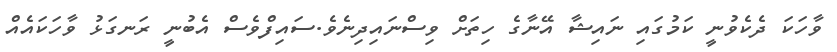
ވާހަކަ ދެކެވުނީ ކަމުގައި ނައިޝާ އޭނާގެ ހިތަށް ވިސްނައިދިނެވެ.ސައިފްވެސް އެބުނީ ރަނގަޅު ވާހަކައެއް